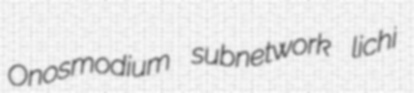
Onosmodium subnetwork lichi